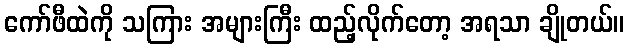
ကော်ဖီထဲကို သကြား အများကြီး ထည့်လိုက်တော့ အရသာ ချိုတယ်။